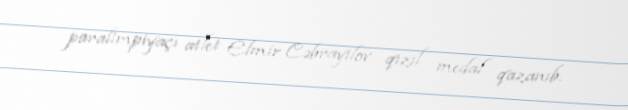
paralimpiyaçı atlet Elmir Cəbrayılov qızıl medal qazanıb.